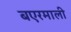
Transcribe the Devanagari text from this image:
बएरमाली